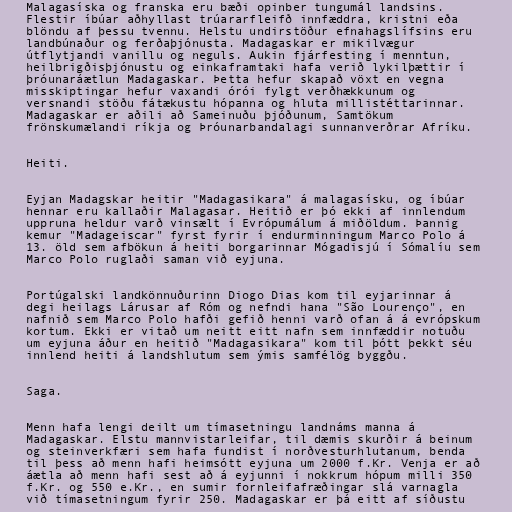
Malagasíska og franska eru bæði opinber tungumál landsins.
Flestir íbúar aðhyllast trúararfleifð innfæddra, kristni eða
blöndu af þessu tvennu. Helstu undirstöður efnahagslífsins eru
landbúnaður og ferðaþjónusta. Madagaskar er mikilvægur
útflytjandi vanillu og neguls. Aukin fjárfesting í menntun,
heilbrigðisþjónustu og einkaframtaki hafa verið lykilþættir í
þróunaráætlun Madagaskar. Þetta hefur skapað vöxt en vegna
misskiptingar hefur vaxandi órói fylgt verðhækkunum og
versnandi stöðu fátækustu hópanna og hluta millistéttarinnar.
Madagaskar er aðili að Sameinuðu þjóðunum, Samtökum
frönskumælandi ríkja og Þróunarbandalagi sunnanverðrar Afríku.

Heiti.

Eyjan Madagskar heitir "Madagasikara" á malagasísku, og íbúar
hennar eru kallaðir Malagasar. Heitið er þó ekki af innlendum
uppruna heldur varð vinsælt í Evrópumálum á miðöldum. Þannig
kemur "Madageiscar" fyrst fyrir í endurminningum Marco Polo á
13. öld sem afbökun á heiti borgarinnar Mógadisjú í Sómalíu sem
Marco Polo ruglaði saman við eyjuna.

Portúgalski landkönnuðurinn Diogo Dias kom til eyjarinnar á
degi heilags Lárusar af Róm og nefndi hana "São Lourenço", en
nafnið sem Marco Polo hafði gefið henni varð ofan á á evrópskum
kortum. Ekki er vitað um neitt eitt nafn sem innfæddir notuðu
um eyjuna áður en heitið "Madagasikara" kom til þótt þekkt séu
innlend heiti á landshlutum sem ýmis samfélög byggðu.

Saga.

Menn hafa lengi deilt um tímasetningu landnáms manna á
Madagaskar. Elstu mannvistarleifar, til dæmis skurðir á beinum
og steinverkfæri sem hafa fundist í norðvesturhlutanum, benda
til þess að menn hafi heimsótt eyjuna um 2000 f.Kr. Venja er að
áætla að menn hafi sest að á eyjunni í nokkrum hópum milli 350
f.Kr. og 550 e.Kr., en sumir fornleifafræðingar slá varnagla
við tímasetningum fyrir 250. Madagaskar er þá eitt af síðustu